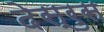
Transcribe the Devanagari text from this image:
देस्रुस